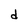
Character: d